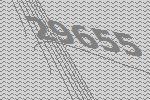
29655